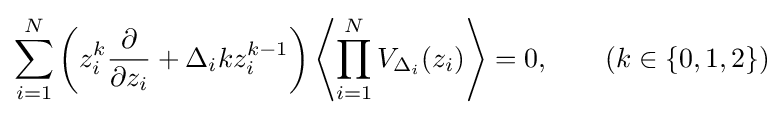
\sum _{i=1}^{N}\left(z_{i}^{k}{\frac {\partial }{\partial z_{i}}}+\Delta _{i}kz_{i}^{k-1}\right)\left\langle \prod _{i=1}^{N}V_{\Delta _{i}}(z_{i})\right\rangle =0,\qquad (k\in \{0,1,2\})